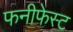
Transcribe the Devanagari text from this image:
फनीफेस्ट